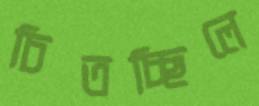
চিতচ্ছিলে